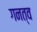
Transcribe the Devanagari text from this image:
गनत्व